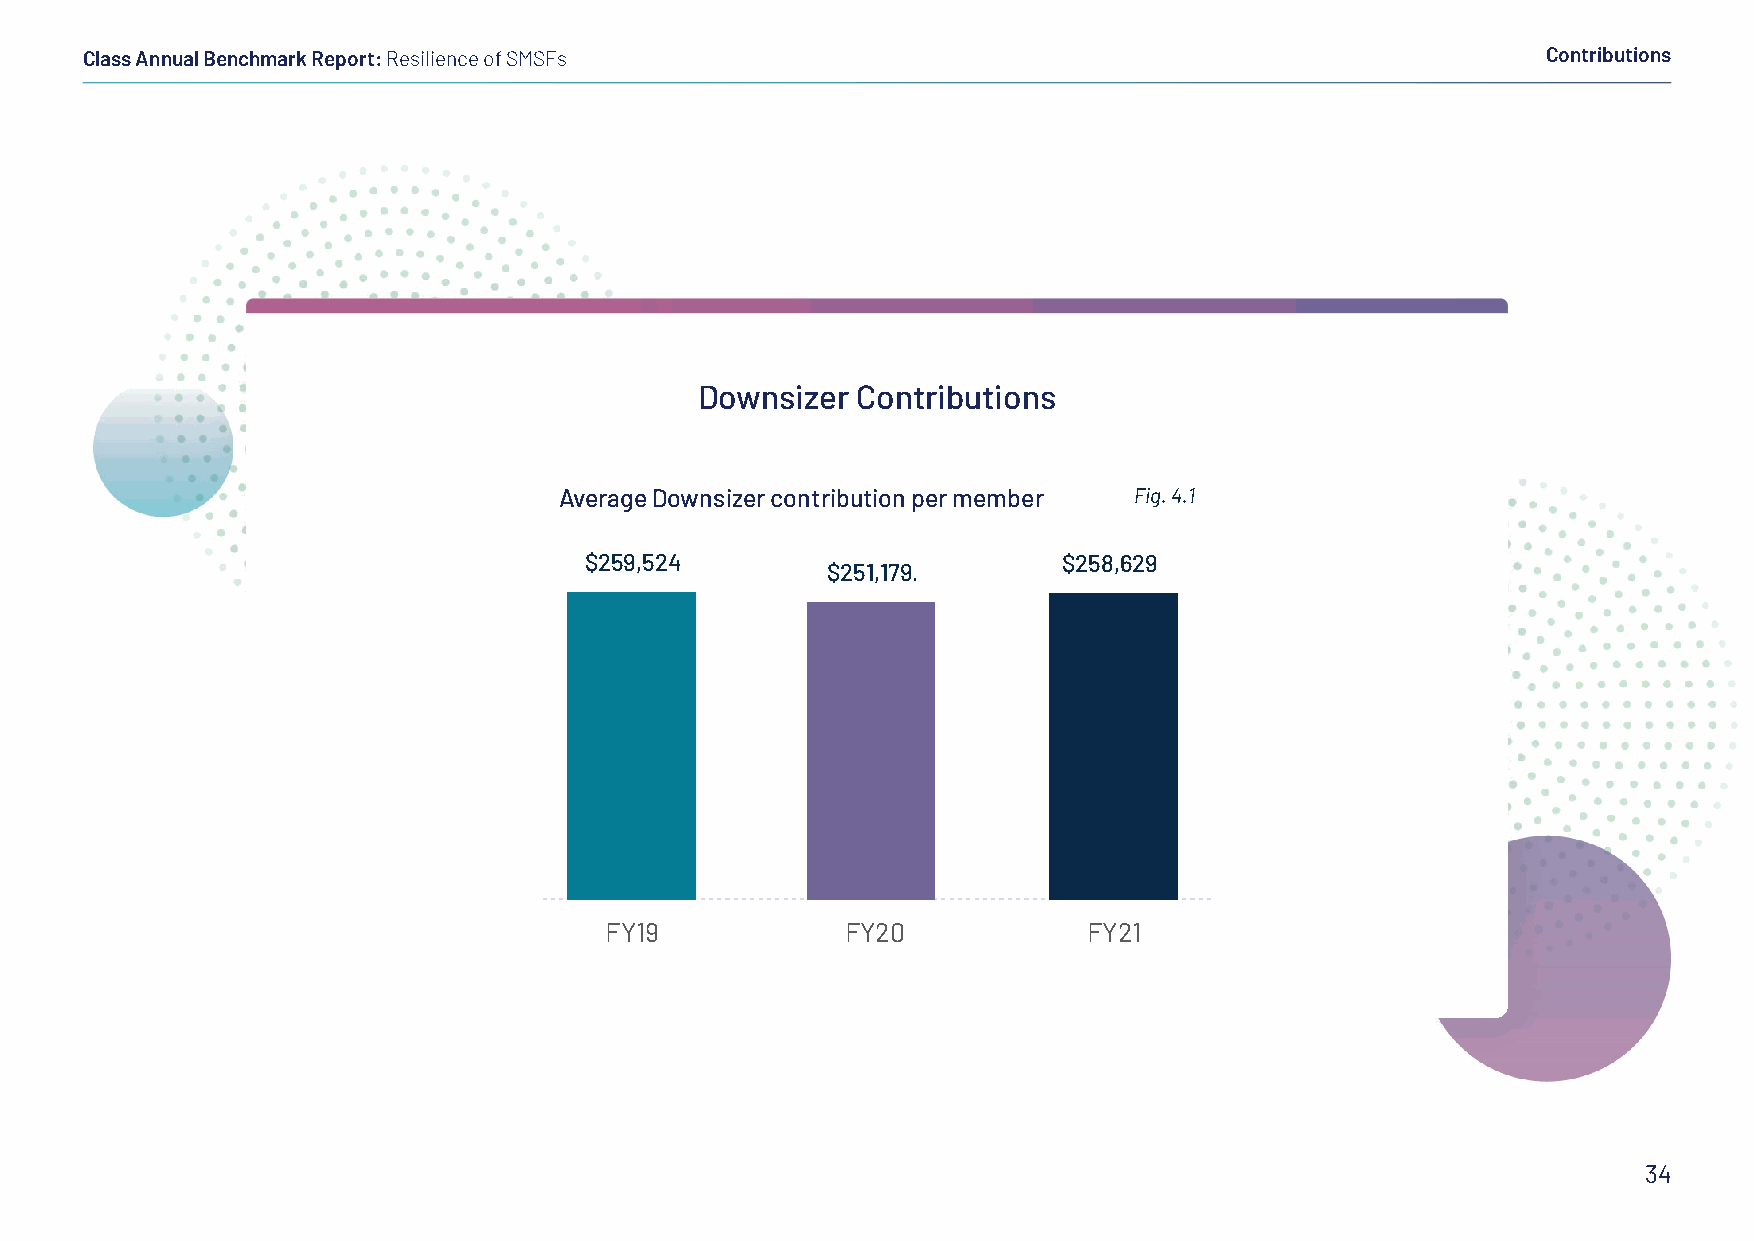
Class Annual Benchmark Report: Resilience of SMSFs                                               Contributions
 Downsizer  Contributions
 Average Downsizer contribution per member Fig. 4.1
 $259,524.84                    $258,629.77
 $251,179.95
 FY19            FY20            FY21
 34